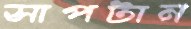
সাপটান